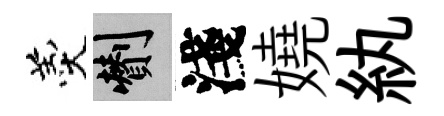
羹剪淺嬈紈